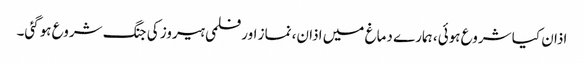
اذان کیا شروع ہوئی، ہمارے دماغ میں اذان، نماز اور فلمی ہیروز کی جنگ شروع ہوگئی۔